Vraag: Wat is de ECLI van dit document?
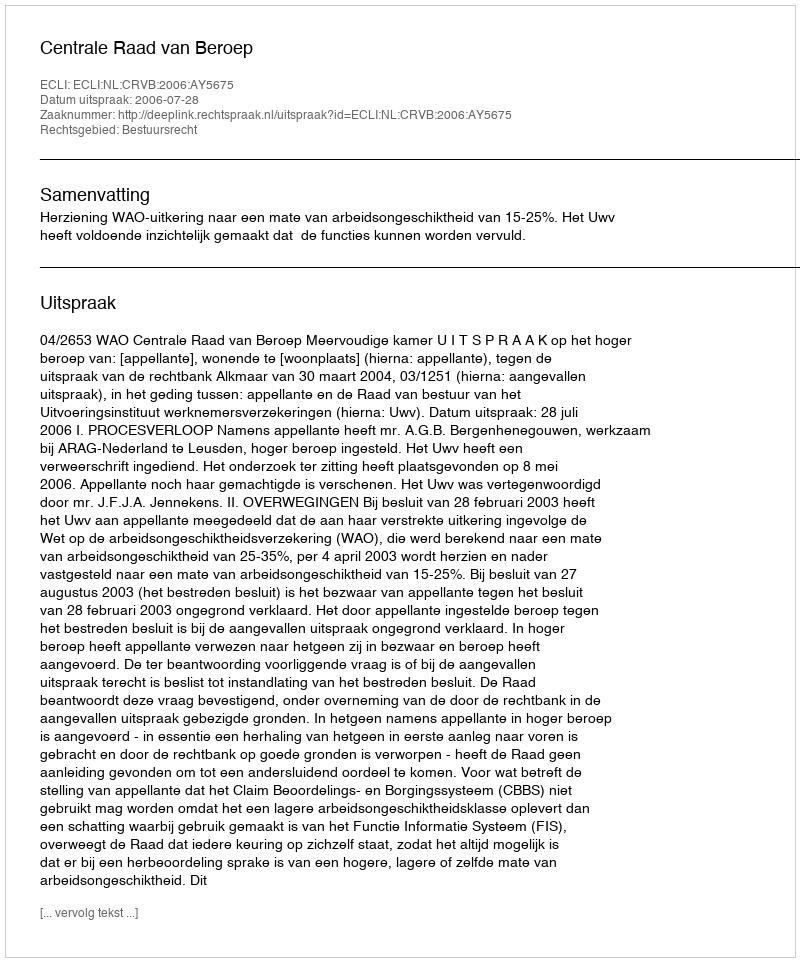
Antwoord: ECLI:NL:CRVB:2006:AY5675